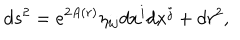
LaTeX: d s ^ { 2 } = e ^ { 2 A ( r ) } \eta _ { i j } d x ^ { i } d x ^ { j } + d r ^ { 2 } ,